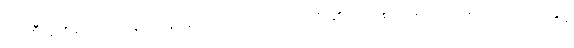
အိမ်စီးပွားရေး အခြေအနေအရလည်းကောင်း၊ ဇော်၏ ဝါသနာအရလည်းကောင်း၊ ဇော်နှင့်